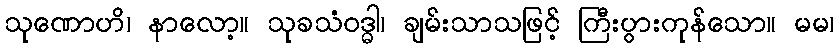
သုဏောဟိ၊ နာလော့။ သုခသံဝဒ္ဓါ၊ ချမ်းသာသဖြင့် ကြီးပွားကုန်သော။ မမ၊